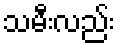
သမီးလည်း